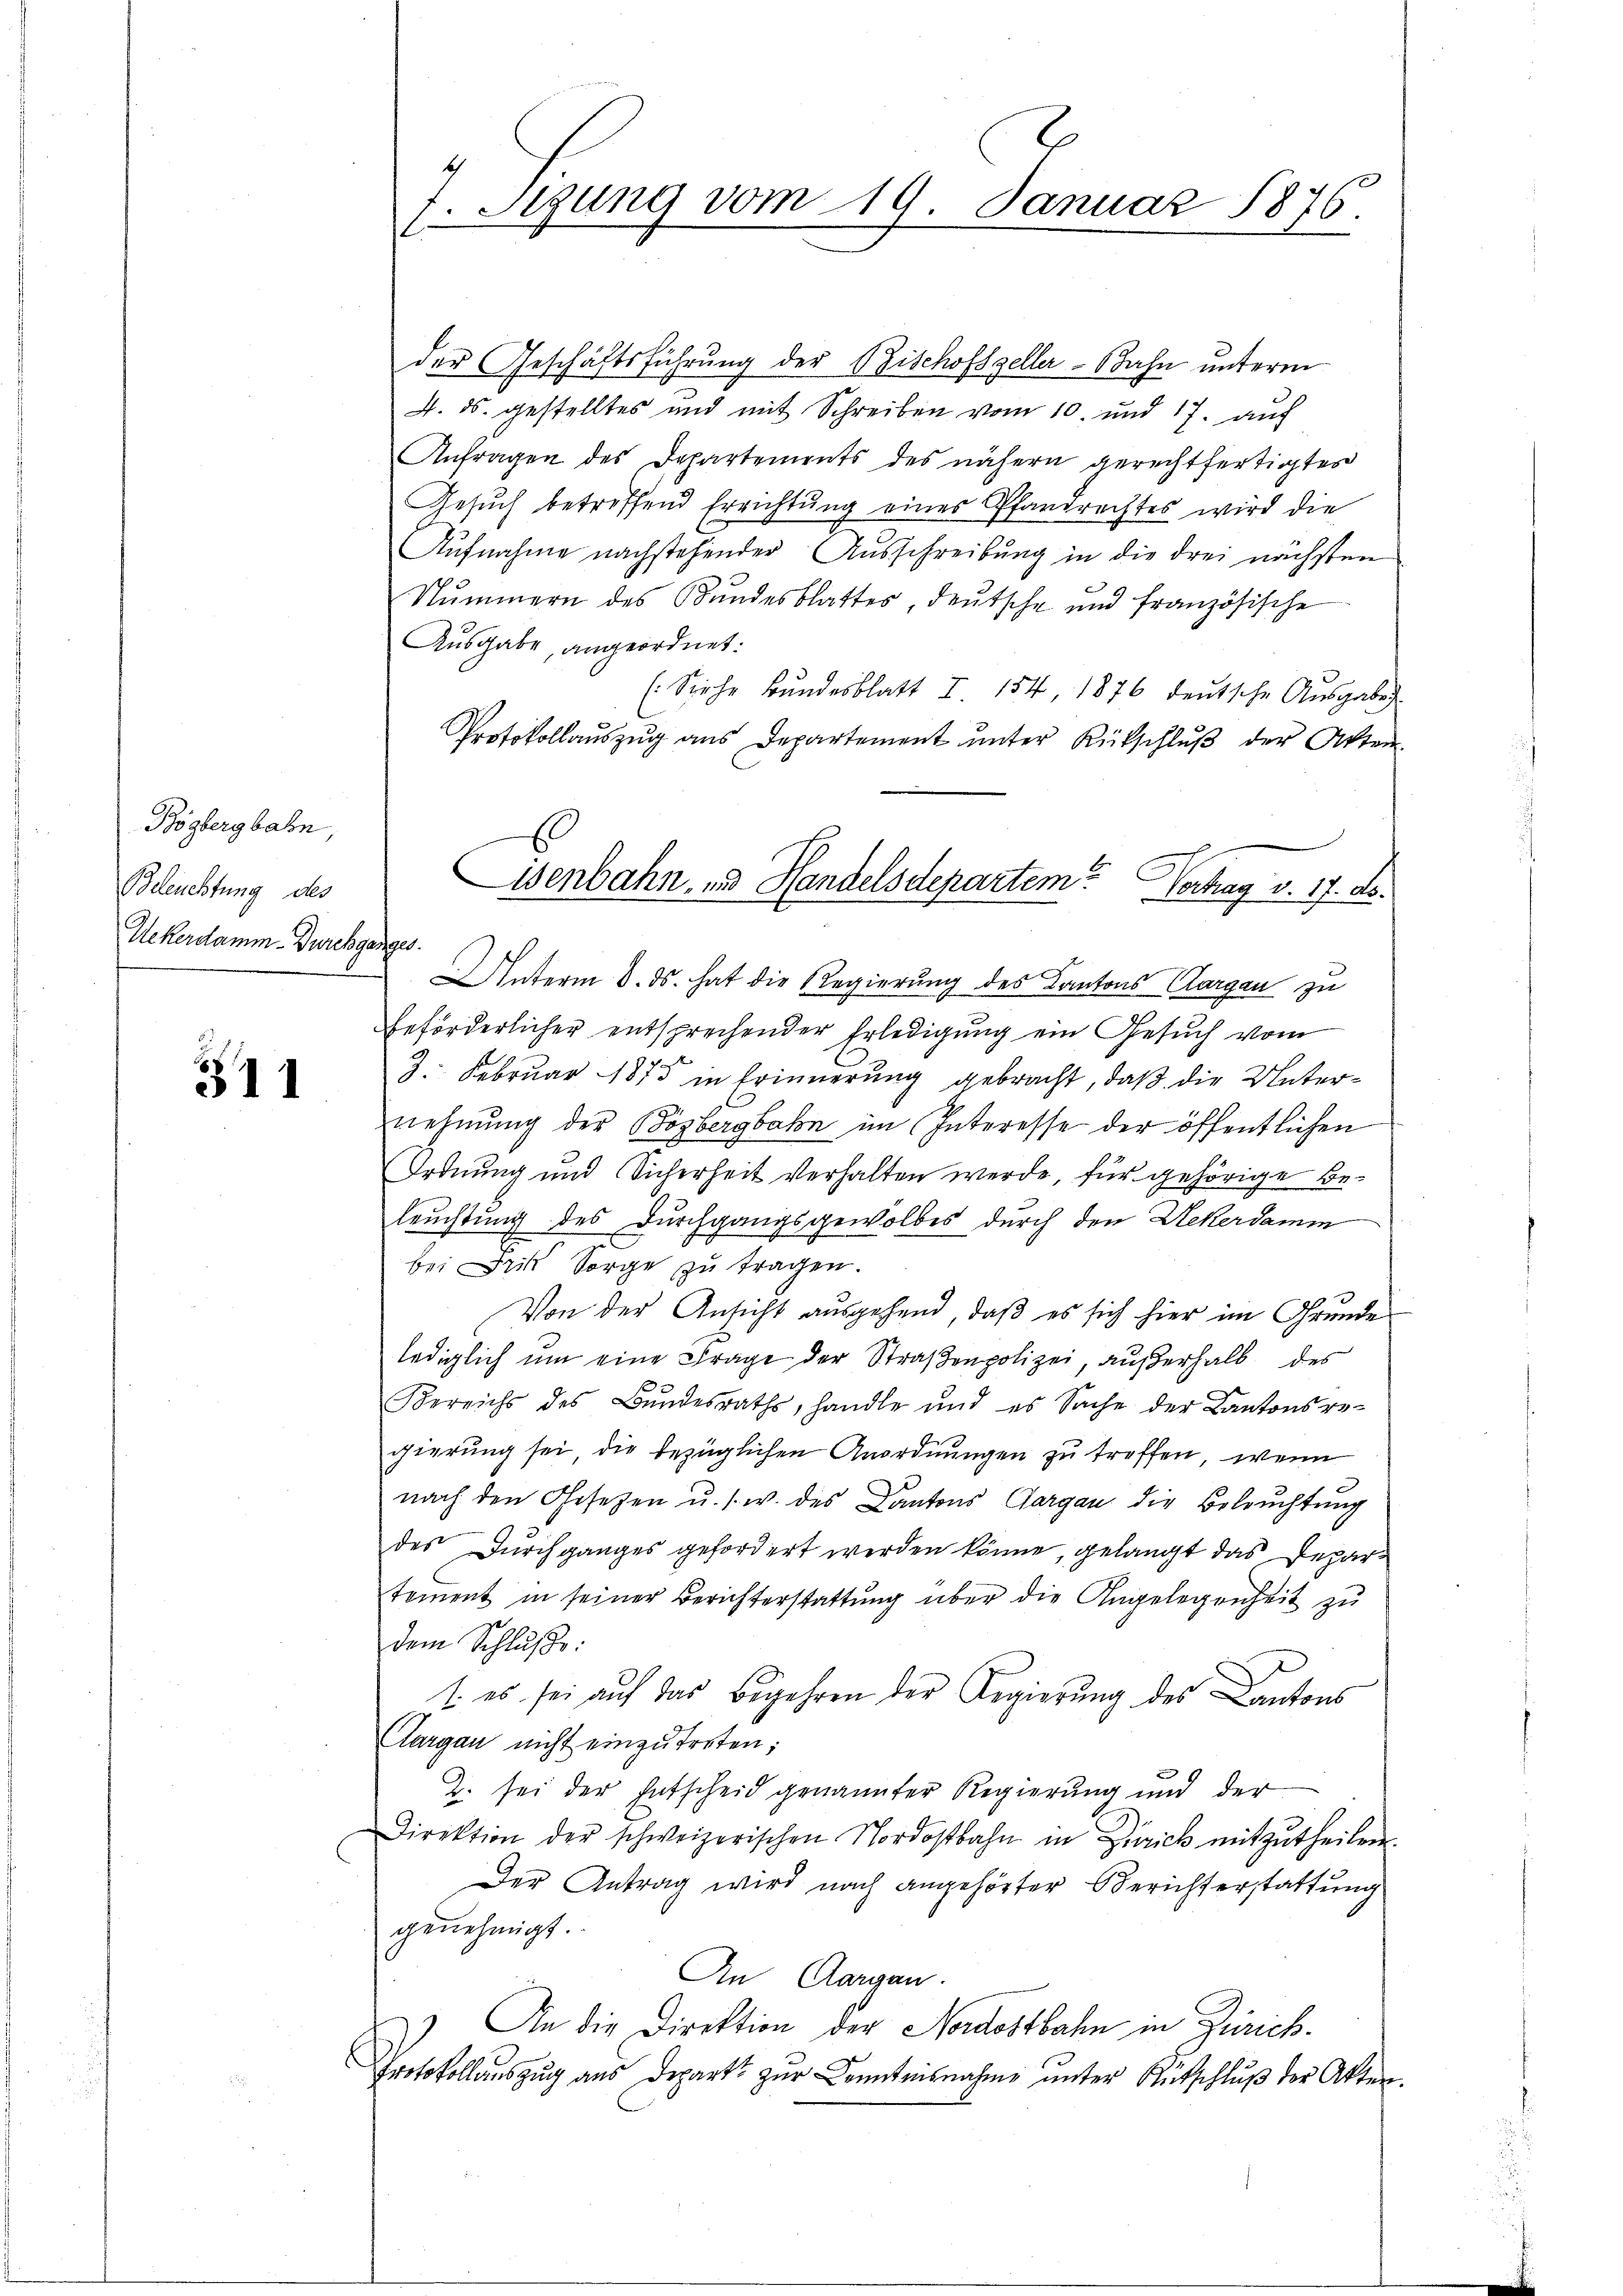
Bögbergbahn,
Beleuchtung des
Uekerdamm-Durchganges.

511

der Geschäftsführung der Bischofszeller-Bahn unterm
4. ds. gestelltes und mit Schreiben vom 10. und 17. auf
Anfragen des Departements des nähern gerechtfertigtes
Gesuch betreffend Errichtung eines Pfarrrechtes wird die
Aŭfnahme nachstehender Ausschreibung in die drei nächsten
Nummern des Bŭndesblatter, deŭtsche und französische
Ausgabe, angeordnet:
(Siehe Bŭndesblatt I 154 1876 deŭtsche Aŭsgabe
Protokollaŭszŭg ans Departement ŭnter Rückschlŭβ der Akten.
Unterm 8. ds. hat die Regierŭng des Kantons Cargau zu
beförderlicher entsprechender Erledigung ein Gesuch vom
3. Februar 1875 in Erinnerung gebracht, daß die Unternehmung der Bözbergbahn im Interesse der öffentlichen
Ordnung und Sicherheit verhalten werde, für gehörige Beleuchtung des Durchgangsgewolbes durch den Ueberdamm
bei Frik Sorge zu tragen.
Von der Ansicht ausgehend, daß es sich hier im Grunde
lediglich um eine Frage der Straßenpolizei, außerhalb des
Bereichs des Bŭndesraths, handle und es Sache der Kantonsregierung sei die bezüglichen Anordnungen zu treffen, wenn
nach den Gesetzen u. s. w. des Kantons Aargau die Beleuchtung
des Dŭrchganges gefordert werden könne, gelangt das Departement in seiner Berichterstattung über die Angelegenheit zu
dem Schluße:
1. es sei auf das Begehren der Regierung des Cantons
Clargau nicht einzutreten;
2. sei der Entscheid genannter Regierung und der
Direktion der schweizerischen Nordostbahn in Zürich mitzŭtheilen.
Der Antrag wird nach angehörter Berichterstattung
genehmigt.
An Aargau.
An die Direktion der Nordostbahn in Zürich.
Protokollauszug aus Depart zur Kenntnisnahme unter Entschluß der Akten.

7. Sitzung vom 19. Januar 1876.

isenbahn, und Handelsdepartem Vertrag v. 17. ds.